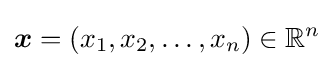
{\boldsymbol {x}}=\left(x_{1},x_{2},\ldots ,x_{n}\right)\in \mathbb {R} ^{n}